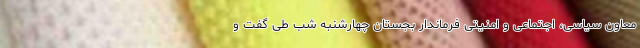
معاون سیاسی، اجتماعی و امنیتی فرماندار بجستان چهارشنبه شب طی گفت و